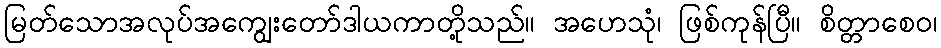
မြတ်သောအလုပ်အကျွေးတော်ဒါယကာတို့သည်။ အဟေသုံ၊ ဖြစ်ကုန်ပြီ။ စိတ္တာစေဝ၊